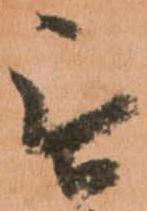
無